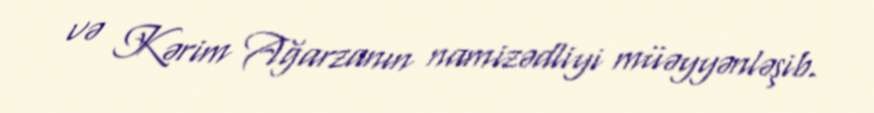
və Kərim Ağarzanın namizədliyi müəyyənləşib.